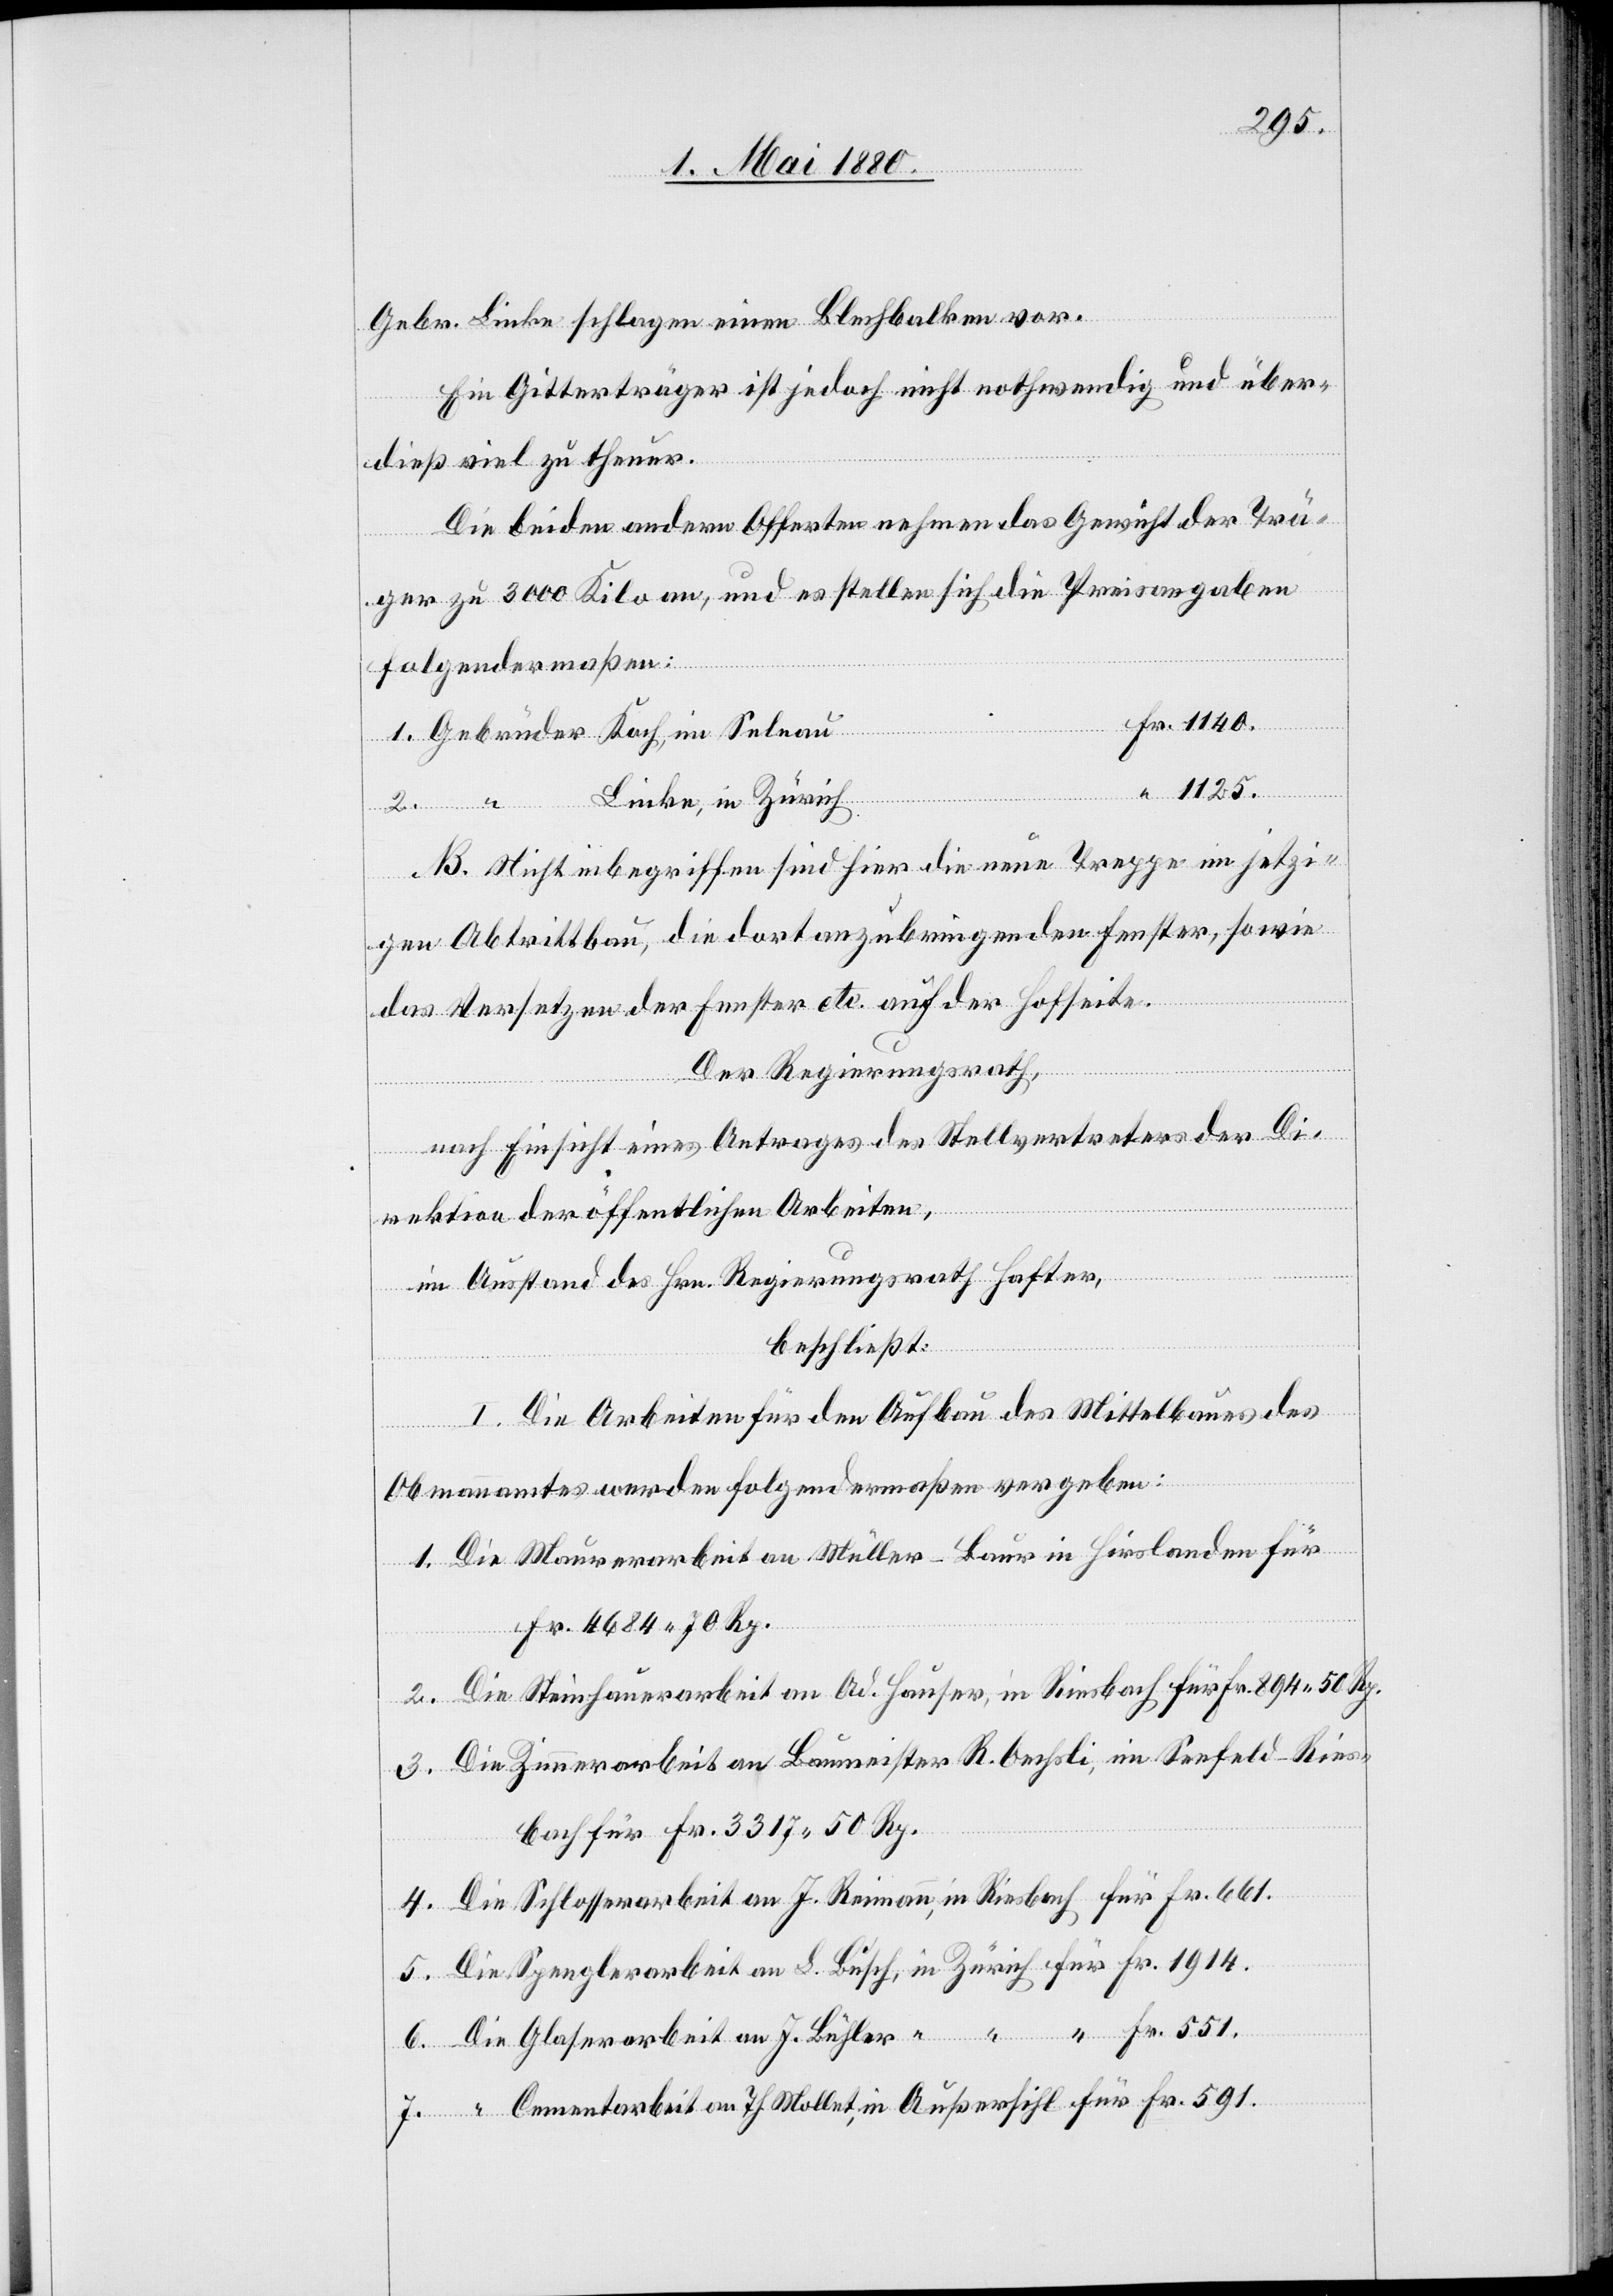
Gebr. Linke schlagen einen Blechbalken vor.
Ein Gitterträger ist jedoch nicht nothwendig und über¬
dieß viel zu theuer.
Die beiden andern Offerten nehmen das Gewicht der Trä¬
Fr.
ger zu 3000 Kilo an, und es stellen sich die Preisangaben
folgendermaßen:
1125.
Zürich
“
NB. Nicht inbegriffen sind hier die neue Treppe im jetzi¬
gen Abtrittbau, die dort anzubringenden Fenster, sowie
das Versetzen der Fenster etc. auf der Hofseite.
Der Regierungsrath,
nach Einsicht eines Antrages des Stellvertreters der Di¬
rektion der öffentlichen Arbeiten,
im Ausstand des Hrn. Regierungsrath Hafter,
beschließt:
I. Die Arbeiten für den Aufbau des Mittelbaues des
Obmannamtes werden folgendermaßen vergeben:
1. Die Maurerarbeiten an Müller-Baur in Hirslanden für
Fr. 4684. 70 Rp.
2. Die Steinhauerarbeit an Ad. Hauser, in Riesbach für Fr. 894. 50 Rp.
3. Die Zimmerarbeit an Baumeister R. Oechsli, im Seefeld - Ries¬
bach für Fr. 3317. 50 Rp.
4. Die Schlosserarbeit an J. Reimann, in Riesbach, für Fr. 661.
5. Die Spenglerarbeit an L. Busch, in Zürich, für Fr. 1914.
6. Die Glaserarbeit an J. Bühler, ” ” ” Fr. 551.
7. ” Cementarbeit an Th. Mollet, in Außersihl für Fr. 591.